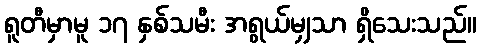
ရူတီမှာမူ ၁၇ နှစ်သမီး အရွယ်မျှသာ ရှိသေးသည်။